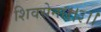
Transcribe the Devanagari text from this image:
शिवसेना।।३।।